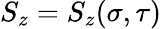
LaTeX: S_{z}=S_{z}(\sigma,\tau)